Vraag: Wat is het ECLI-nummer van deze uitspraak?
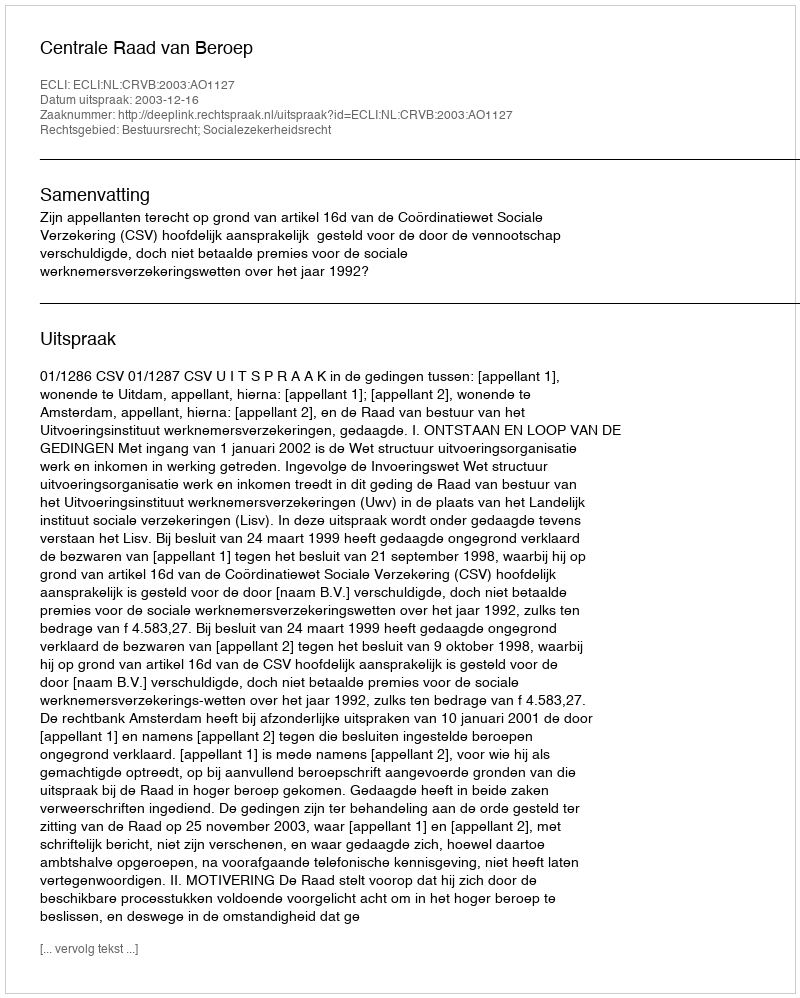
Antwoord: ECLI:NL:CRVB:2003:AO1127